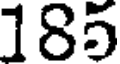
185